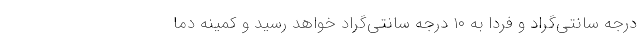
درجه سانتی‌گراد و فردا به ۱۰ درجه سانتی‌گراد خواهد رسید و کمینه دما